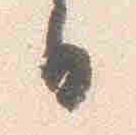
日